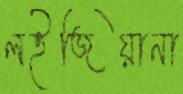
লইজিয়ানা